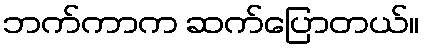
ဘက်ကာက ဆက်ပြောတယ်။